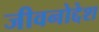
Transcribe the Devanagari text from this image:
जीवनोद्देश